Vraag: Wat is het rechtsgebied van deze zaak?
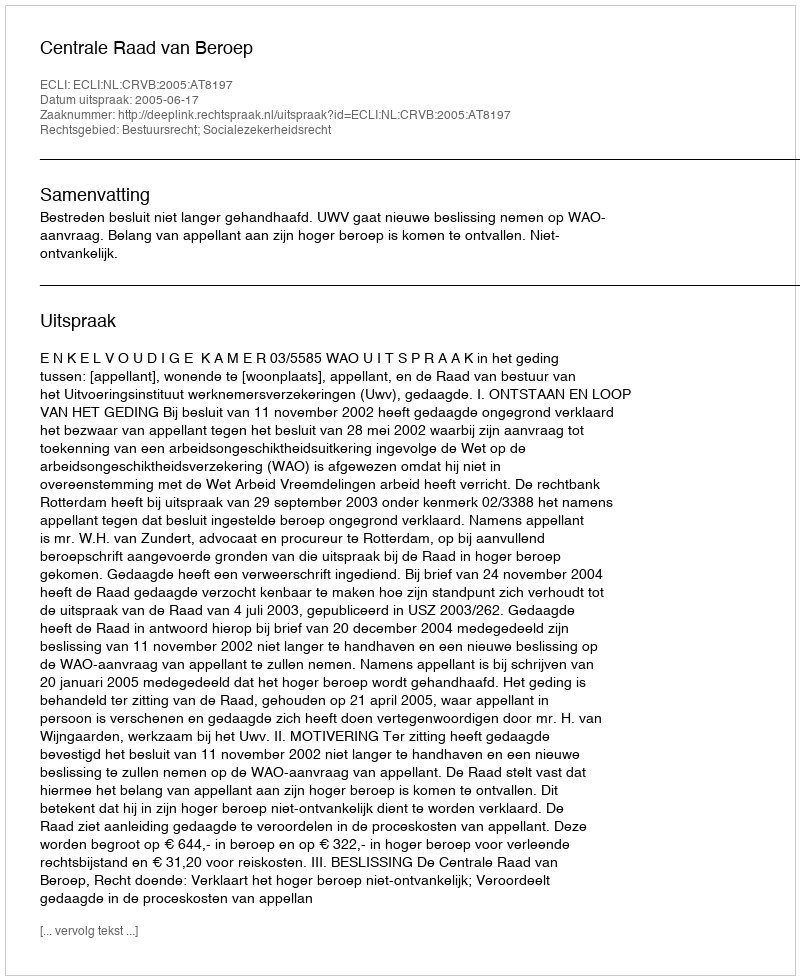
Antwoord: Bestuursrecht; Socialezekerheidsrecht